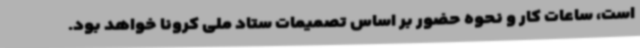
است، ساعات کار و نحوه حضور بر اساس تصمیمات ستاد ملی کرونا خواهد بود.